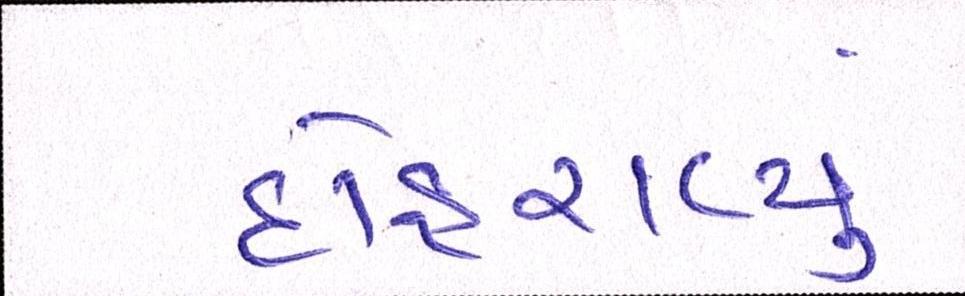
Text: દોહરાવ્યું